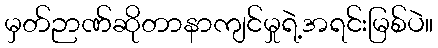
မှတ်ဉာဏ်ဆိုတာနာကျင်မှုရဲ့အရင်းမြစ်ပဲ။